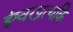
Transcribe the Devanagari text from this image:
ईश्वरप्रत्यकि